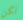
لكن